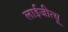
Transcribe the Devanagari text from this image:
लाईजीत्सू